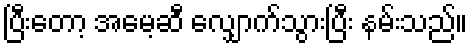
ပြီးတော့ အမေ့ဆီ လျှောက်သွားပြီး နမ်းသည်။